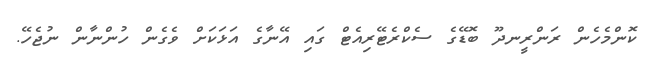
ކޮންމެހެން ރަންރީނދޫ ބޮޑޭގެ ސެކްރެޓޭރިއެޓް ގައި އޭނާގެ އަޅަކަށް ވެގެން ހުންނާން ނުޖެހޭ.